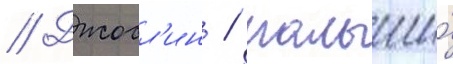
// Джосл'ин / малыши́